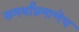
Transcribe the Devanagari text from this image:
समर्थांप्रमाणेच